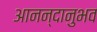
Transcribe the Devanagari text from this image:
आनन्दानुभव